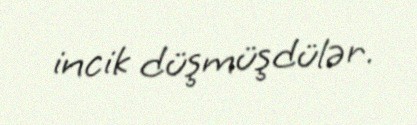
incik düşmüşdülər.